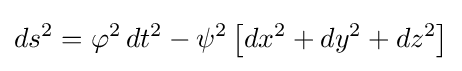
ds^{2}=\varphi ^{2}\,dt^{2}-\psi ^{2}\left[dx^{2}+dy^{2}+dz^{2}\right]